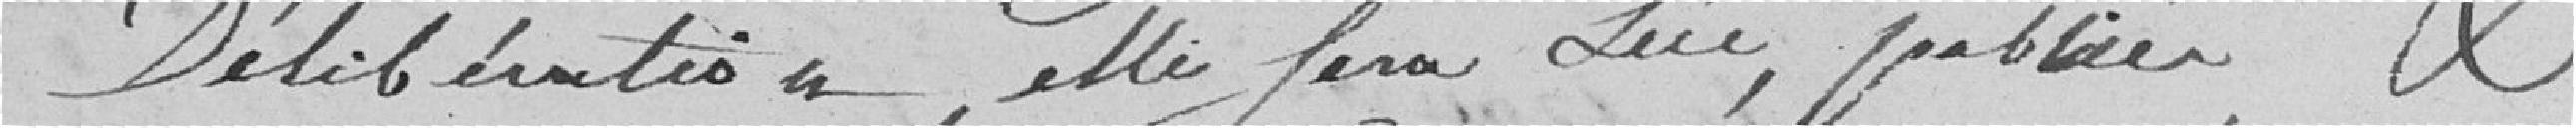
délibération, elle sera due, publiée et